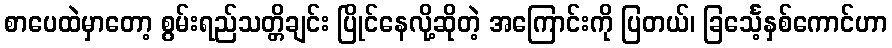
စာပေထဲမှာတော့ စွမ်းရည်သတ္တိချင်း ပြိုင်နေလို့ဆိုတဲ့ အကြောင်းကို ပြတယ်၊ ခြင်္သေ့နှစ်ကောင်ဟာ